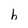
Character: h